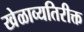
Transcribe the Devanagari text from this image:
खेळाव्यतिरीक्त